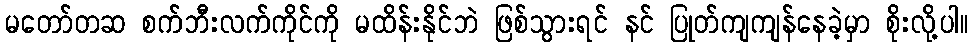
မတော်တဆ စက်ဘီးလက်ကိုင်ကို မထိန်းနိုင်ဘဲ ဖြစ်သွားရင် နင် ပြုတ်ကျကျန်နေခဲ့မှာ စိုးလို့ပါ။